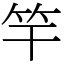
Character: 竿